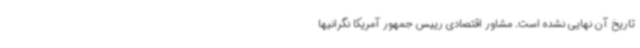
تاریخ آن نهایی نشده است. مشاور اقتصادی رییس جمهور آمریکا نگرانیها